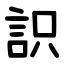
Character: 䛊